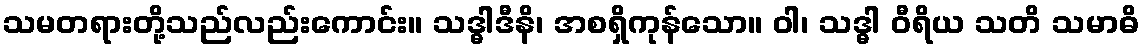
သမတရားတို့သည်လည်းကောင်း။ သဒ္ဓါဒီနိ၊ အစရှိကုန်သော။ ဝါ၊ သဒ္ဓါ ဝီရိယ သတိ သမာဓိ